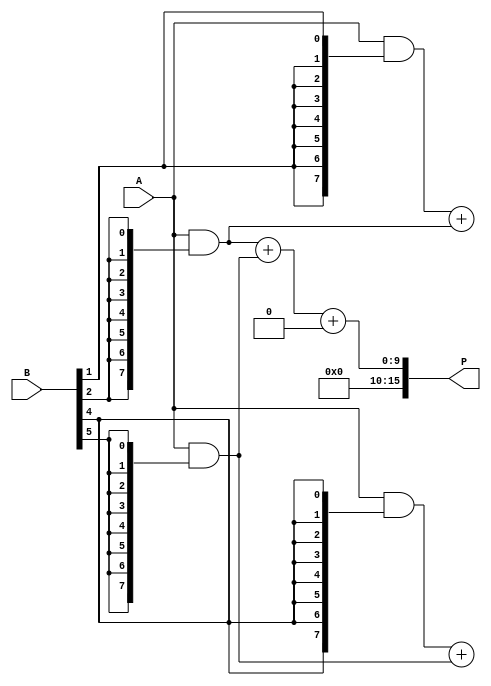
module wallace_tree_multiplier #(parameter N = 8) (
    input [N-1:0] A,
    input [N-1:0] B,
    output reg [2*N-1:0] P
);

    // Partial product generation
    wire [N-1:0] pp [0:N-1]; // Partial products
    genvar i, j;
    generate
        for (i = 0; i < N; i = i + 1) begin : pp_gen
            assign pp[i] = A & {N{B[i]}};
        end
    endgenerate

    // Wallace tree reduction
    wire [N-1:0] sum [0:N-1]; // Sums
    wire [N-1:0] carry [0:N-1]; // Carries
    wire [N-1:0] temp_sum, temp_carry;

    // Stage 1: Reduce partial products
    generate
        for (i = 0; i < N; i = i + 1) begin : reduction_stage
            if (i % 3 == 0 && i + 2 < N) begin
                // Use full adder for three inputs
                assign {temp_carry, temp_sum} = pp[i] + pp[i+1] + pp[i+2];
                assign sum[i/3] = temp_sum;
                assign carry[i/3] = temp_carry;
            end else if (i % 3 == 1 && i + 1 < N) begin
                // Use half adder for two inputs
                assign {carry[i/3], sum[i/3]} = pp[i] + pp[i+1];
            end else if (i % 3 == 2) begin
                // Just pass the partial product
                assign sum[i/3] = pp[i];
                assign carry[i/3] = 0;
            end
        end
    endgenerate

    // Final addition stage
    wire [N-1:0] final_sum, final_carry;
    assign {final_carry, final_sum} = sum[0] + sum[1] + carry[0];

    // Output the final product
    always @(*) begin
        P = {final_carry, final_sum}; // Concatenate carry and sum for final product
    end

endmodule